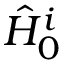
\hat { H } _ { 0 } ^ { i }